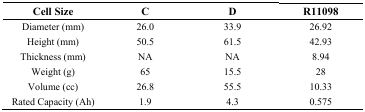
<table><thead><tr><td><b>Cell Size</b></td><td><b>C</b></td><td><b>D</b></td><td><b>R11098</b></td></tr></thead><tbody><tr><td>Diameter (mm)</td><td>26.0</td><td>33.9</td><td>26.92</td></tr><tr><td>Height (mm)</td><td>50.5</td><td>61.5</td><td>42.93</td></tr><tr><td>Thickness (mm)</td><td>NA</td><td>NA</td><td>8.94</td></tr><tr><td>Weight (g)</td><td>65</td><td>15.5</td><td>28</td></tr><tr><td>Volume (cc)</td><td>26.8</td><td>55.5</td><td>10.33</td></tr><tr><td>Rated Capacity (Ah)</td><td>1.9</td><td>4.3</td><td>0.575</td></tr></tbody></table>